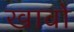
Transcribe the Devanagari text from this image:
खावो